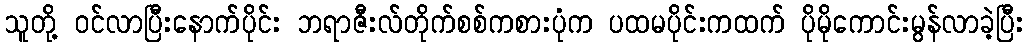
သူတို့ ဝင်လာပြီးနောက်ပိုင်း ဘရာဇီးလ်တိုက်စစ်ကစားပုံက ပထမပိုင်းကထက် ပိုမိုကောင်းမွန်လာခဲ့ပြီး